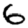
Digit: 6